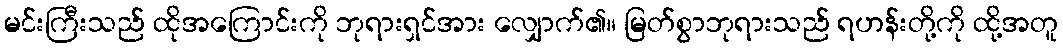
မင်းကြီးသည် ထိုအကြောင်းကို ဘုရားရှင်အား လျှောက်၏။ မြတ်စွာဘုရားသည် ရဟန်းတို့ကို ထို့အတူ